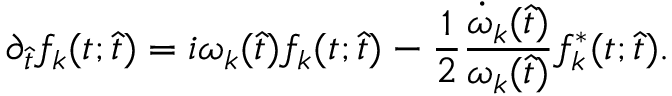
\partial _ { \hat { t } } f _ { k } ( t ; \hat { t } ) = i \omega _ { k } ( \hat { t } ) f _ { k } ( t ; \hat { t } ) - \frac { 1 } { 2 } \frac { \dot { \omega } _ { k } ( \hat { t } ) } { \omega _ { k } ( \hat { t } ) } f _ { k } ^ { * } ( t ; \hat { t } ) .